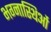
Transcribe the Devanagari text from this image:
भग्नास्थिओं